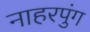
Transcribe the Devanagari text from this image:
नाहरपुंग